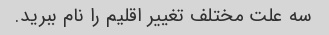
سه علت مختلف تغییر اقلیم را نام ببرید.